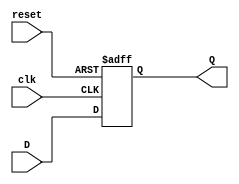
module synchronous_register #(
    parameter WIDTH = 8  // Parameter for register bit-width
)(
    input wire [WIDTH-1:0] D,    // Data input
    input wire clk,               // Clock input
    input wire reset,             // Reset input (active high)
    output reg [WIDTH-1:0] Q      // Data output
);

    // Synchronous process
    always @(posedge clk or posedge reset) begin
        if (reset) begin
            Q <= {WIDTH{1'b0}}; // Reset output to 0
        end else begin
            Q <= D;             // Update output with input data
        end
    end
    
endmodule